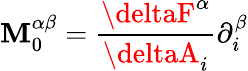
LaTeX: \mathbf{M}_{0}^{\alpha\beta}=\frac{{\deltaF^{\alpha}}}{{\deltaA_{i}}}\partial_{i}^{\beta}